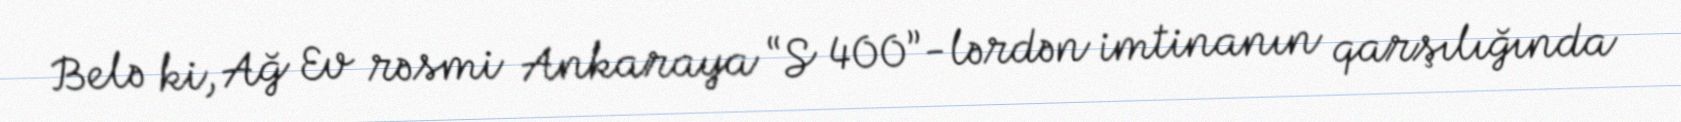
Belə ki, Ağ Ev rəsmi Ankaraya “S 400”-lərdən imtinanın qarşılığında